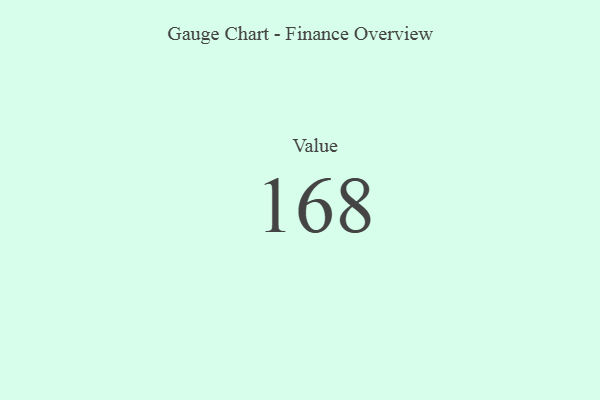
{"axis": {"x": "Metric", "y": "Value"}, "legend": [""], "data": [{"x": "Value", "y": 168, "type": ""}]}